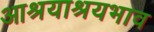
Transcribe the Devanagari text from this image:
आश्रयाश्रयभाव